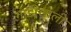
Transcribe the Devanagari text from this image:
गाडीखाली